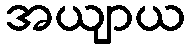
အယျာယ